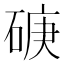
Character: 𥓷